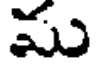
ము